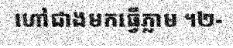
ហៅជាងមកធ្វើភ្លាម ។២-